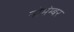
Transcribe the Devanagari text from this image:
नोभेम्बर